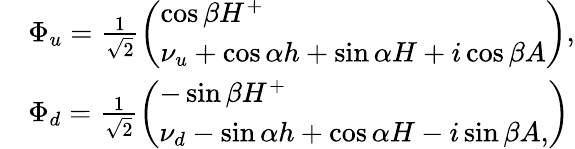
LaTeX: \begin{array}{rl}&{\Phi_{u}=\frac{1}{\sqrt{2}}\left(\begin{array}{l}{\cos\beta H^{+}}\\ {\nu_{u}+\cos\alpha h+\sin\alpha H+i\cos\beta A}\end{array}\right),}\\ &{\Phi_{d}=\frac{1}{\sqrt{2}}\left(\begin{array}{l}{-\sin\beta H^{+}}\\ {\nu_{d}-\sin\alpha h+\cos\alpha H-i\sin\beta A,}\end{array}\right)}\end{array}